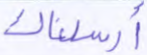
أرسلناك